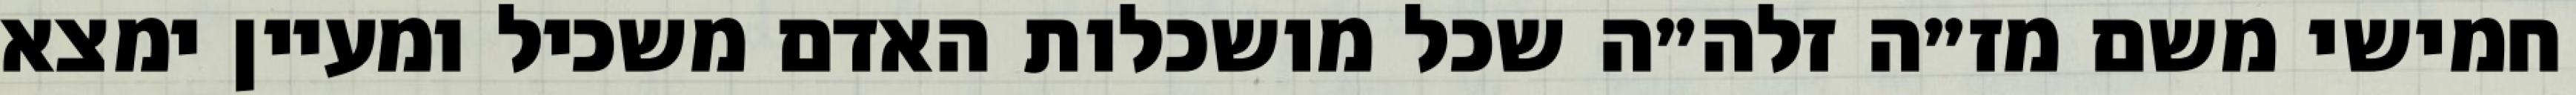
חמישי משם מז״ה זלה״ה שכל מושכלות האדם משכיל ומעיין ימצא